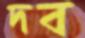
দব